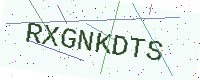
Text: RXGNKDTS